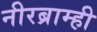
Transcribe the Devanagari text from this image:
नीरब्राम्‍ही